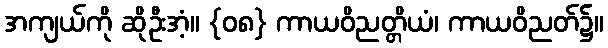
အကျယ်ကို ဆိုဦးအံ့။ {၀၈} ကာယဝိညတ္တိယံ၊ ကာယဝိညတ်၌။